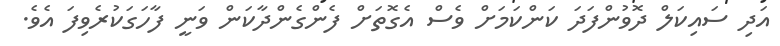
އަދި ސައިކަލް ދޮވުންފަދަ ކަންކަމަށް ވެސް އެގޮތަށް ފެންގެންދާކަން ވަނީ ފާހަގަކުރެވިފަ އެވެ.